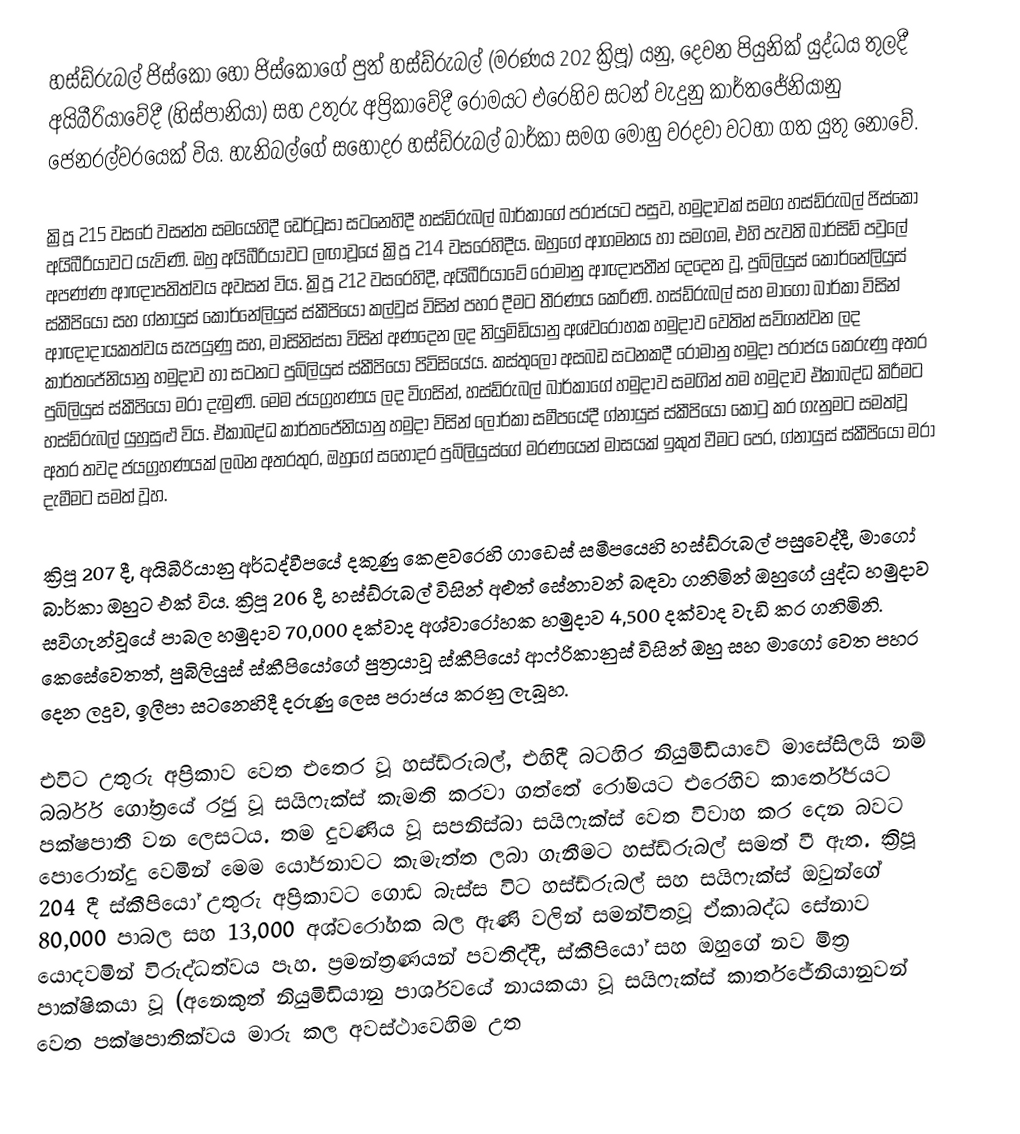
හස්ඩ්රුබල් ජිස්කෝ හෝ ජිස්කෝගේ පුත් හස්ඩ්රුබල් (මරණය 202 ක්‍රිපූ) යනු, දෙවන පියුනික් යුද්ධය තුලදී අයිබීරියාවේදී (හිස්පානියා) සහ උතුරු අප්‍රිකාවේදී රෝමයට  එරෙහිව සටන් වැදුනු කාර්තජේනියානු ජෙනරල්වරයෙක් විය. හැනිබල්ගේ සහෝදර හස්ඩ්රුබල් බාර්කා සමග මොහු වරදවා වටහා ගත යුතු නොවේ.

ක්‍රිපූ 215 වසරේ වසන්ත සමයෙහිදී ඩෙර්ටූසා සටනෙහිදී හස්ඩ්රුබල් බාර්කාගේ පරාජයට පසුව, හමුදාවක් සමග  හස්ඩ්රුබල් ජිස්කෝ අයිබීරියාවට යැවිණි. ඔහු අයිබීරියාවට ලඟාවූයේ ක්‍රිපූ  214 වසරෙහිදීය. ඔහුගේ ආගමනය හා සමගම, එහි පැවති  බාර්සිඩ් පවුලේ අපණ්ණ ආඥාපතිත්වය අවසන් විය. ක්‍රිපූ 212 වසරෙහිදී, අයිබීරියාවේ රෝමානු ආඥාපතීන් දෙදෙන වූ, පුබිලියුස් කොර්නේලියුස් ස්කීපියෝ සහ ග්නායුස් කොර්නේලියුස් ස්කීපියෝ කල්වුස් විසින් පහර දීමට තීරණය කෙරිණි. හස්ඩ්රුබල් සහ  මාගෝ බාර්කා විසින් ආඥාදායකත්වය සැපයුණු සහ, මාසිනිස්සා විසින් අණදෙන ලද නියුමිඩියානු අශ්වරෝහක හමුදාව වෙතින් සවිගන්වන ලද කාර්තජේනියානු හමුදාව හා සටනට පුබිලියුස් ස්කීපියෝ පිවිසියේය. කස්තුලෝ අසබඩ සටනකදී රෝමානු හමුදා පරාජය කෙරුණු අතර පුබිලියුස් ස්කීපියෝ මරා දැමුණි. මෙම ජයග්‍රහණය ලද විගසින්, හස්ඩ්රුබල් බාර්කාගේ හමුදාව සමගින් තම හමුදාව ඒකාබද්ධ කිරීමට හස්ඩ්රුබල් යුහුසුළු විය. ඒකාබද්ධ  කාර්තජේනියානු හමුදා විසින් ලොර්කා සමීපයේදී  ග්නායුස් ස්කීපියෝ කොටු කර ගැනුමට සමත්වූ අතර තවද ජයග්‍රහණයක් ලබන අතරතුර, ඔහුගේ සහෝදර පුබිලියුස්ගේ මරණයෙන් මාසයක් ඉකුත් වීමට පෙර,  ග්නායුස් ස්කීපියෝ මරා දැමීමට සමත් වූහ.

ක්‍රිපූ 207 දී, අයිබීරියානු අර්ධද්වීපයේ දකුණු කෙළවරෙහි  ගාඩෙස් සමීපයෙහි හස්ඩ්රුබල් පසුවෙද්දී,   මාගෝ බාර්කා ඔහුට එක් විය. ක්‍රිපූ  206 දී, හස්ඩ්රුබල් විසින් අළුත් සේනාවන් බඳවා ගනිමින් ඔහුගේ යුද්ධ හමුදාව  සවිගැන්වූයේ පාබල හමුදාව 70,000 දක්වාද අශ්වාරෝහක හමුදාව  4,500 දක්වාද වැඩි කර ගනිමිනි. කෙසේවෙතත්,  පුබිලියුස් ස්කීපියෝගේ පුත්‍රයාවූ ස්කීපියෝ ආෆ්රිකානුස් විසින් ඔහු සහ මාගෝ වෙත පහර දෙන ලදුව, ඉලීපා සටනෙහිදී දරුණු ලෙස පරාජය කරනු ලැබූහ.

එවිට උතුරු අප්‍රිකාව වෙත එතෙර වූ හස්ඩ්රුබල්, එහිදී  බටහිර නියුමිඩියාවේ මාසේසිලයි නම් බර්බර් ගෝත්‍රයේ රජු වූ  සයිෆැක්ස් කැමති කරවා ගත්තේ රෝමයට එරෙහිව කාර්තේජයට පක්ෂපාතී වන ලෙසටය. තම දුවණිය වූ සපනිස්බා සයිෆැක්ස් වෙත විවාහ කර දෙන බවට පොරොන්දු වෙමින් මෙම යෝජනාවට කැමැත්ත ලබා ගැනීමට හස්ඩ්රුබල් සමත් වී ඇත. ක්‍රිපූ 204 දී ස්කීපියෝ උතුරු අප්‍රිකාවට ගොඩ බැස්ස විට හස්ඩ්රුබල් සහ සයිෆැක්ස් ඔවුන්ගේ   80,000 පාබල සහ  13,000 අශ්වරෝහක බල ඇණි වලින් සමන්විතවූ ඒකාබද්ධ සේනාව යොදවමින් විරුද්ධත්වය පෑහ. ප්‍රමන්ත්‍රණයන් පවතිද්දී, ස්කීපියෝ සහ ඔහුගේ නව මිත්‍ර පාක්ෂිකයා වූ  (අනෙකුත් නියුමිඩියානු පාර්ශවයේ නායකයා වූ සයිෆැක්ස් කාර්තජේනියානුවන් වෙත පක්ෂපාතික්වය මාරු කල අවස්ථාවෙහිම උත